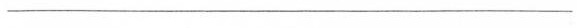
______________________